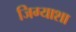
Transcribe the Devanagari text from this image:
जिग्याशा